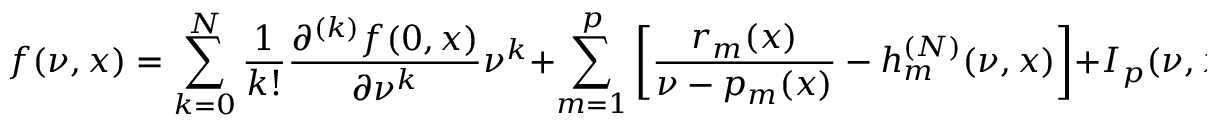
f ( \nu , x ) = \sum _ { k = 0 } ^ { N } \frac { 1 } { k ! } \frac { \partial ^ { ( k ) } f ( 0 , x ) } { \partial \nu ^ { k } } \nu ^ { k } + \sum _ { m = 1 } ^ { p } \left[ \frac { r _ { m } ( x ) } { \nu - p _ { m } ( x ) } - h _ { m } ^ { ( N ) } ( \nu , x ) \right] + I _ { p } ( \nu , x , N ) \ .